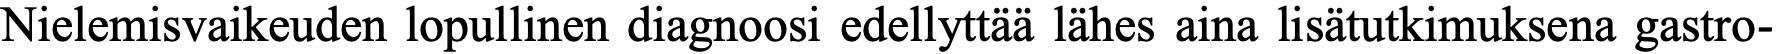
Nielemisvaikeuden lopullinen diagnoosi edellyttää lähes aina lisätutkimuksena gastro-